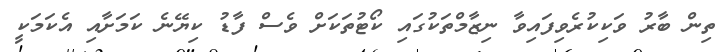
ތިން ބާރު ވަކިކުރެވިފައިވާ ނިޒާމްތަކުގައި ކޯޓުތަކަށް ވެސް ފާޑު ކިޔޭނެ ކަމަށާއި އެކަމަކީ